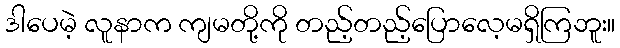
ဒါပေမဲ့ လူနာက ကျမတို့ကို တည့်တည့်ပြောလေ့မရှိကြဘူး။